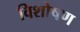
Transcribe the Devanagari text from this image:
विशोषण